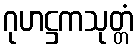
ဂုဟဋ္ဌကသုတ္တံ